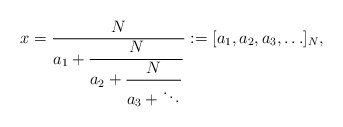
\begin{align*}x = \displaystyle \frac{N}{a_1+\displaystyle \frac{N}{a_2+\displaystyle \frac{N}{a_3+ \ddots}}} :=[a_1, a_2, a_3, \ldots]_N, \end{align*}